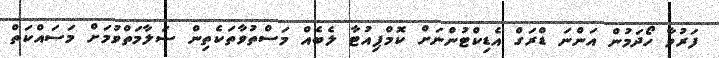
ފަރުވާ ހޯދަމުން އަންނަ ޑްރަގް އެޑިކްޓުންނަށް ކޮމްޕިއުޓާ ލެބެއް މަސްތުވާތަކެތިން ސަލާމަތްވުމަށް މަސައްކަތް